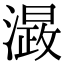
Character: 𭲮